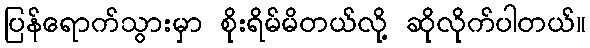
ပြန်ရောက်သွားမှာ စိုးရိမ်မိတယ်လို့ ဆိုလိုက်ပါတယ်။